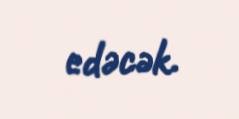
edəcək.